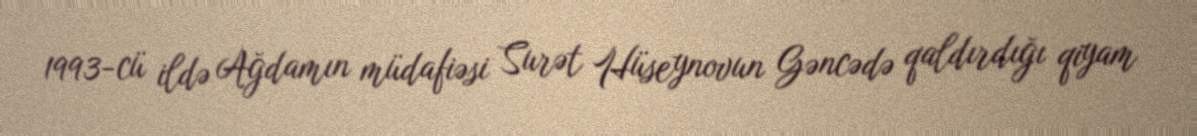
1993-cü ildə Ağdamın müdafiəsi Surət Hüseynovun Gəncədə qaldırdığı qiyam